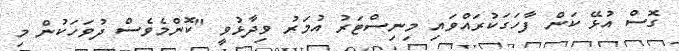
ގޮސް އުޅޭ ކަން ފާހަގަކުރައްވައި މިނިސްޓަރު އުމަރު ވިދާޅުވީ "ކޮންމެވެސް ދުވަހަކުން މި